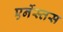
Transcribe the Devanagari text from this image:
एर्नेस्तस